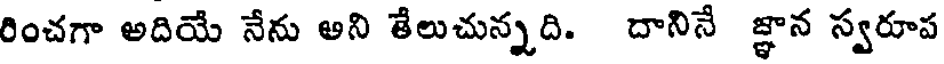
రించగా అదియే నేను అని తేలుచున్నది. దానినే జ్ఞాన స్వరూప